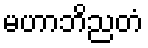
မဟာဘိညတံ